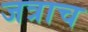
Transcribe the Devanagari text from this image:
जत्राच